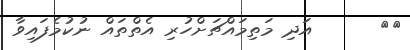
١٠      އަދި މަތިމައްޗަށްހުރި އެތްތައް ނުކުމެފައިވާ